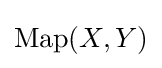
\operatorname {Map} (X,Y)